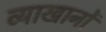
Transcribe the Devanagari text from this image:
व्याखानों